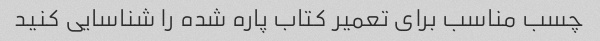
چسب مناسب برای تعمیر کتاب پاره شده را شناسایی کنید